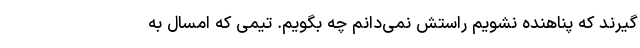
‌گیرند که پناهنده نشویم راستش نمی‌دانم چه بگویم. تیمی که امسال به